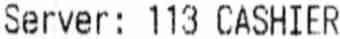
SERVER: 113 CASHIER